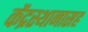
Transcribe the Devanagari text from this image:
केंद्रस्थानासह